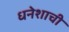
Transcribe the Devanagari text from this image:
धनेशाची